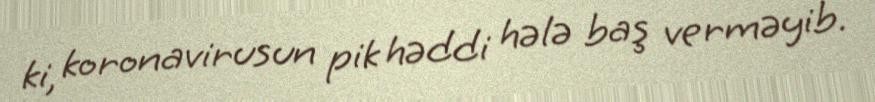
ki, koronavirusun pik həddi hələ baş verməyib.